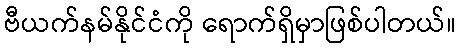
ဗီယက်နမ်နိုင်ငံကို ရောက်ရှိမှာဖြစ်ပါတယ်။